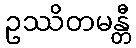
ဥဿိတမန္တီ